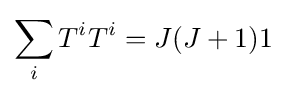
\sum _{i}T^{i}T^{i}=J(J+1)1